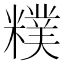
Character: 𥼜